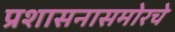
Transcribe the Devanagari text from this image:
प्रशासनासमोरचे